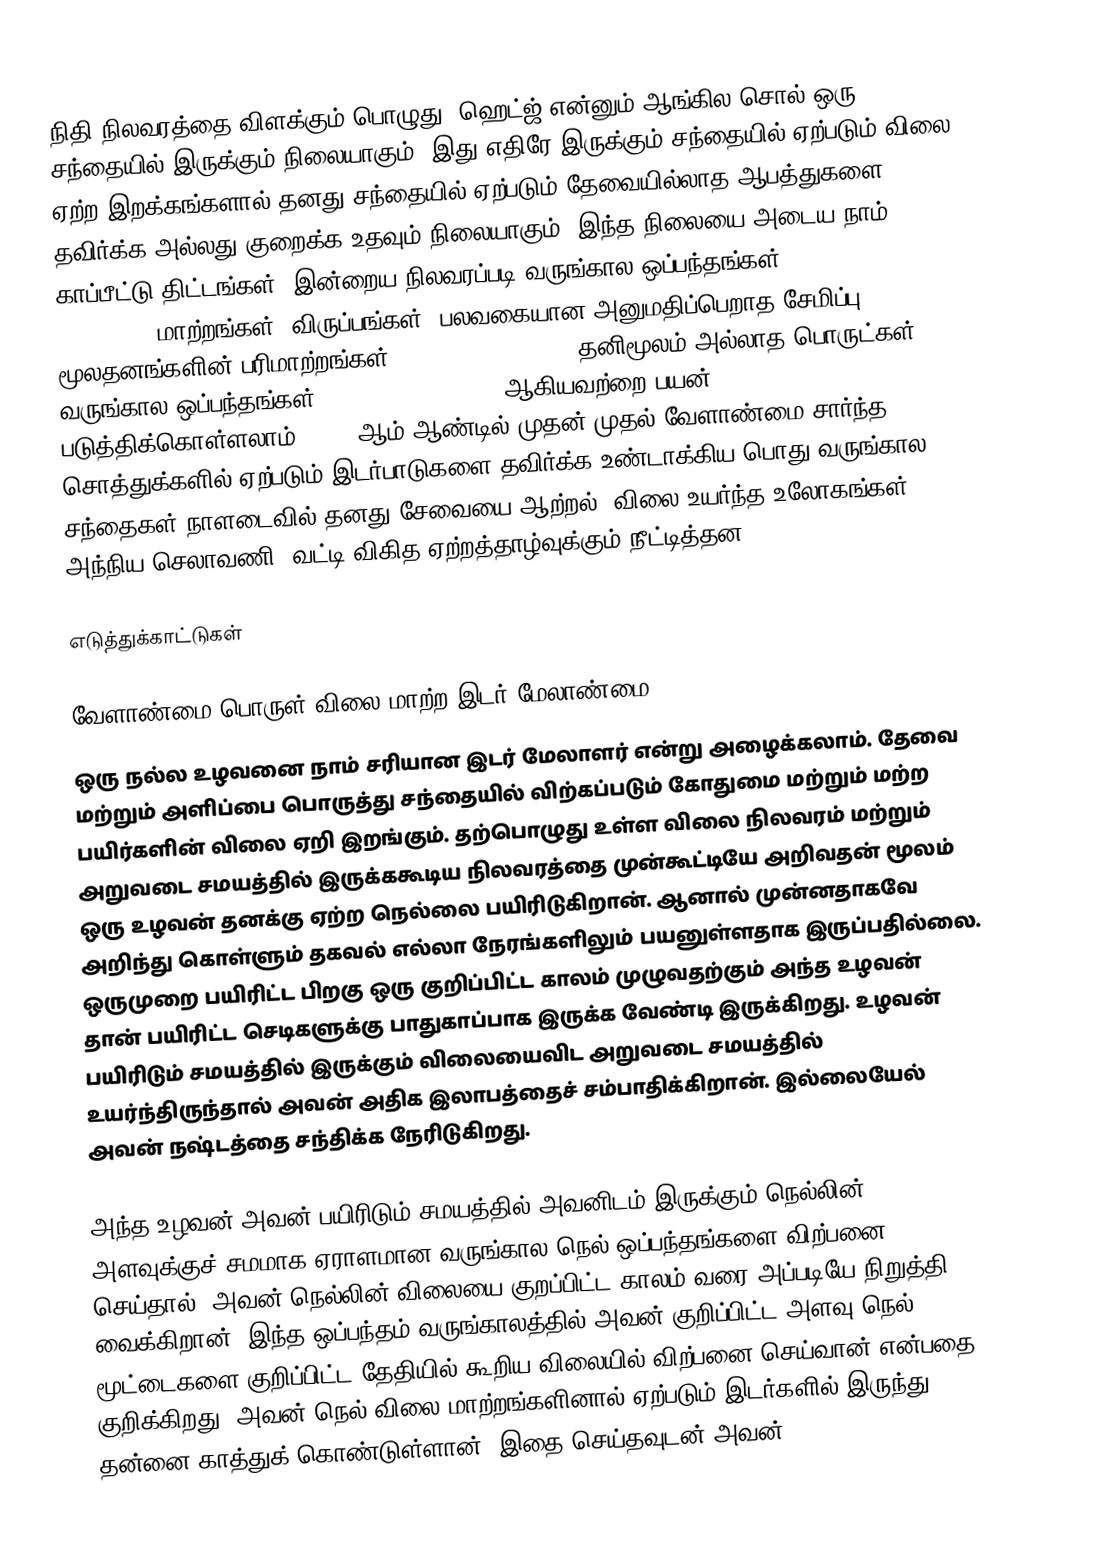
நிதி நிலவரத்தை விளக்கும் பொழுது, ஹெட்ஜ் என்னும் ஆங்கில சொல் ஒரு சந்தையில் இருக்கும் நிலையாகும். இது எதிரே இருக்கும் சந்தையில் ஏற்படும் விலை ஏற்ற இறக்கங்களால் தனது சந்தையில் ஏற்படும் தேவையில்லாத ஆபத்துகளை தவிர்க்க அல்லது குறைக்க உதவும் நிலையாகும். இந்த நிலையை அடைய நாம் காப்பீட்டு திட்டங்கள், இன்றைய நிலவரப்படி வருங்கால ஒப்பந்தங்கள் (forward contract), மாற்றங்கள், விருப்பங்கள், பலவகையான அனுமதிப்பெறாத சேமிப்பு மூலதனங்களின் பரிமாற்றங்கள் (over-the-counter), தனிமூலம் அல்லாத பொருட்கள், வருங்கால ஒப்பந்தங்கள் (futures contracts) ஆகியவற்றை பயன் படுத்திக்கொள்ளலாம். 1800 ஆம் ஆண்டில் முதன் முதல் வேளாண்மை சார்ந்த சொத்துக்களில் ஏற்படும் இடர்பாடுகளை தவிர்க்க உண்டாக்கிய பொது வருங்கால சந்தைகள் நாளடைவில் தனது சேவையை ஆற்றல், விலை உயர்ந்த உலோகங்கள், அந்நிய செலாவணி, வட்டி விகித ஏற்றத்தாழ்வுக்கும் நீட்டித்தன.

எடுத்துக்காட்டுகள்

வேளாண்மை பொருள் விலை மாற்ற இடர் மேலாண்மை
ஒரு நல்ல உழவனை நாம் சரியான இடர் மேலாளர் என்று அழைக்கலாம். தேவை மற்றும் அளிப்பை பொருத்து சந்தையில் விற்கப்படும் கோதுமை மற்றும் மற்ற பயிர்களின் விலை ஏறி இறங்கும். தற்பொழுது உள்ள விலை நிலவரம் மற்றும் அறுவடை சமயத்தில் இருக்ககூடிய நிலவரத்தை முன்கூட்டியே அறிவதன் மூலம் ஒரு உழவன் தனக்கு ஏற்ற நெல்லை பயிரிடுகிறான். ஆனால் முன்னதாகவே அறிந்து கொள்ளும் தகவல் எல்லா நேரங்களிலும் பயனுள்ளதாக இருப்பதில்லை. ஒருமுறை பயிரிட்ட பிறகு ஒரு குறிப்பிட்ட காலம் முழுவதற்கும் அந்த உழவன் தான் பயிரிட்ட செடிகளுக்கு பாதுகாப்பாக இருக்க வேண்டி இருக்கிறது. உழவன் பயிரிடும் சமயத்தில் இருக்கும் விலையைவிட அறுவடை சமயத்தில் உயர்ந்திருந்தால் அவன் அதிக இலாபத்தைச் சம்பாதிக்கிறான். இல்லையேல் அவன் நஷ்டத்தை சந்திக்க நேரிடுகிறது.

அந்த உழவன் அவன் பயிரிடும் சமயத்தில் அவனிடம் இருக்கும் நெல்லின் அளவுக்குச் சமமாக ஏராளமான வருங்கால நெல் ஒப்பந்தங்களை விற்பனை செய்தால், அவன் நெல்லின் விலையை குறப்பிட்ட காலம் வரை அப்படியே நிறுத்தி வைக்கிறான். இந்த ஒப்பந்தம் வருங்காலத்தில் அவன் குறிப்பிட்ட அளவு நெல் மூட்டைகளை குறிப்பிட்ட தேதியில் கூறிய விலையில் விற்பனை செய்வான் என்பதை குறிக்கிறது. அவன் நெல் விலை மாற்றங்களினால் ஏற்படும் இடர்களில் இருந்து தன்னை காத்துக் கொண்டுள்ளான். இதை செய்தவுடன் அவன்